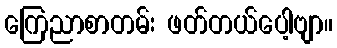
ကြေညာစာတမ်း ဖတ်တယ်ပေါ့ဗျာ။